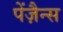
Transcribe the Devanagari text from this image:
पेंज़ैन्स